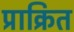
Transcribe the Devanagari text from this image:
प्राक्रित